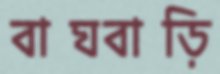
বাঘবাড়ি